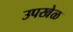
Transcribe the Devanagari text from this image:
उपखेळ